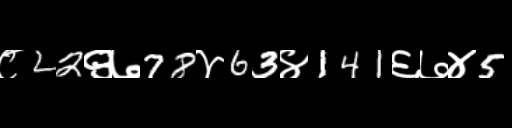
Text: ८22९७78४63४141६७४5